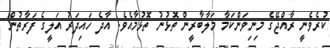
ކުރެވެނީ ރާއްޖޭގެ މިނިވަންކަމާ މަލާބާރީން ތޮޅުނު ތޮޅުމާއެވެ. އާދެ ހައިދަރު އަލީގެ ފަރާތުން